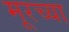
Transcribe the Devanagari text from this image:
मूरच्या